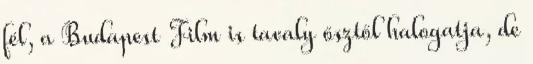
fél, a Budapest Film is tavaly ősztől halogatja, de